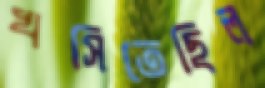
খসিতেছিল